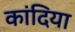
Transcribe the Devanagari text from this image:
कांदिया